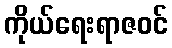
ကိုယ်ရေးရာဇဝင်